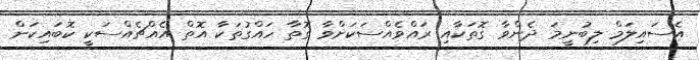
އެސައިލަމް ލިބުނީމަ ދެންވާ ގޮތަކާއި ރައްވެއްސަކަށްވާ ގޮތާ ހައްގުތަކާ އޮތް އެއްޗެއްސަކީ ކޮބައިކަން